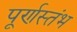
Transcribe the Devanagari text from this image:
पूर्णस्तंभ